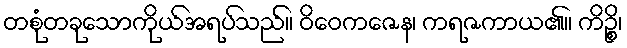
တစုံတခုသောကိုယ်အရပ်သည်။ ဝိဝေကဇေန၊ ကရဇကာယ၏။ ကိဉ္စိ၊